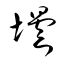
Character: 壜